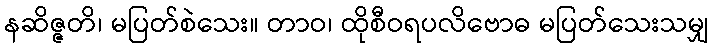
နဆိဇ္ဇတိ၊ မပြတ်စဲသေး။ တာဝ၊ ထိုစီဝရပလိဗောဓ မပြတ်သေးသမျှ